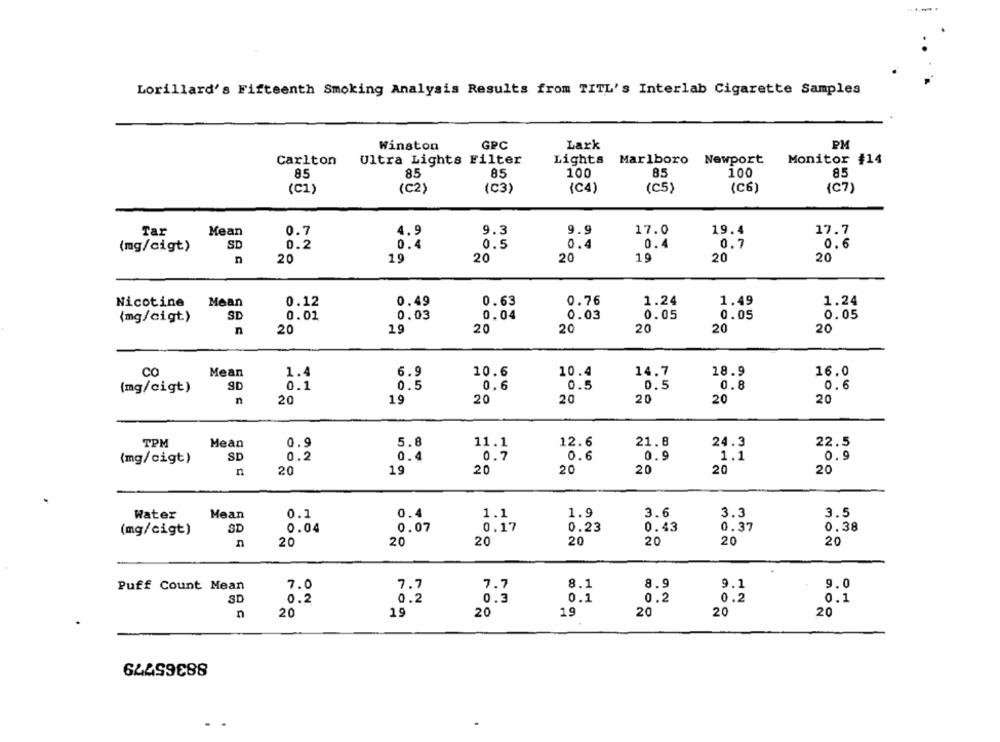
Lorillard's Fifteenth Smoking Analysis Results from TITL's Interlab Cigarette Samples
Winston
GPC
Lark
PM
Carlton
Ultra Lights Filter
Lights Marlboro
Newport
Monitor #14
85
85
85
100
85
100
8.5
(C1)
(C2)
(C3)
(C4)
(C5)
(C6)
(C7)
Mean
0.7
4.9
9.3
9.9
17.0
19.4
Tar
17.7
SD
0.2
0.4
0.5
0.4
0.4
0.7
(mg/cigt)
0.6
n
20
19
20
20
19
20
20
Nicotine
Mean
0.12
0.49
0.63
0.76
1.24
1.49
1.24
{mg/cigt)
SD
0.01
0.03
0.04
0.03
0.05
0.05
0.05
n
20
19
20
20
20
20
20
co
Mean
10.6
16.0
1.4
6.9
10.4
14.7
18.9
9D
0.5
0.6
0.5
0.5
0.8
0.6
(mg/cigt)
0.1
n
20
19
20
20
20
20
20
TPM
Mean
0.9
5.8
11.1
12.6
21.8
24.3
22.5
(mg/cigt)
SD
0.2
0.4
0.7
0.6
0.9
1.1
0.9
n
20
19
20
20
20
20
20
0.4
1.1
1.9
3.6
3.3
3.5
Water
Mean
0.1
0.17
0.23
0.43
0.37
0.38
(mg/cigt)
SD
0.04
0.07
20
20
20
20
20
20
20
Puff Count Mean
7.0
7.7
7.7
8.1
8.9
9.1
9.0
SD
0.2
0.2
0.3
0.1
0.2
0.2
0.1
n
20
19
20
19
20
20
20
88365779